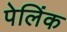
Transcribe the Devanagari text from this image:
पेलिंक